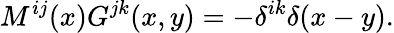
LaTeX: M^{ij}(x)G^{jk}(x,y)=-\delta^{ik}\delta(x-y).